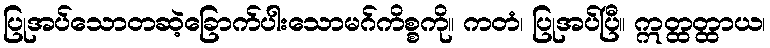
ပြုအပ်သောတဆဲ့ခြောက်ပါးသောမဂ်ကိစ္စကို။ ကတံ၊ ပြုအပ်ပြီ။ ဣတ္ထတ္ထာယ၊